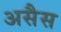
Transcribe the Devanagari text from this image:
असैस